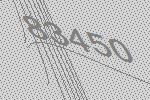
83450